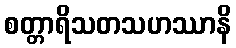
စတ္တာရိသတသဟဿာနိ